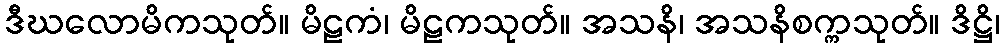
ဒီဃလောမိကသုတ်။ မိဠကံ၊ မိဠကသုတ်။ အသနိ၊ အသနိစက္ကသုတ်။ ဒိဋ္ဌိ၊